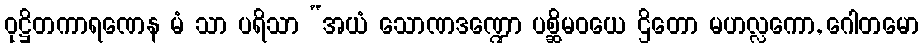
ဝုဋ္ဌိတကာရဏေန မံ သာ ပရိသာ “အယံ သောဏဒဏ္ဍော ပစ္ဆိမဝယေ ဌိတော မဟလ္လကော, ဂေါတမော